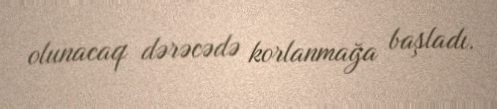
olunacaq dərəcədə korlanmağa başladı.